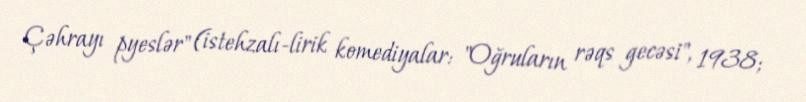
Çəhrayı pyeslər" (istehzalı-lirik komediyalar: "Oğruların rəqs gecəsi", 1938;